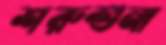
শরুশুনা